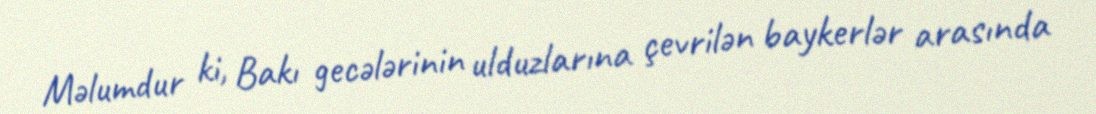
Məlumdur ki, Bakı gecələrinin ulduzlarına çevrilən baykerlər arasında